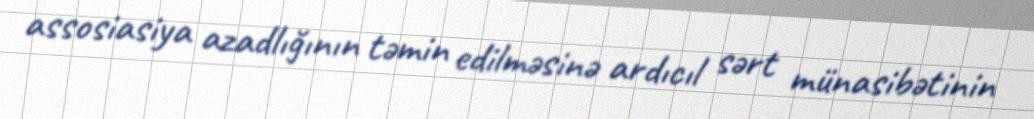
assosiasiya azadlığının təmin edilməsinə ardıcıl sərt münasibətinin